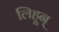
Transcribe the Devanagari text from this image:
लिहून्